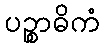
ပဉ္စာဓိကံ